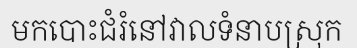
មកបោះជំរំនៅវាលទំនាបស្រុក